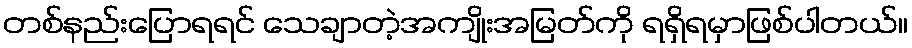
တစ်နည်းပြောရရင် သေချာတဲ့အကျိုးအမြတ်ကို ရရှိရမှာဖြစ်ပါတယ်။